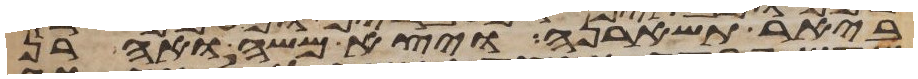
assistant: ביאר תשארנה ויצא משה ואהרן